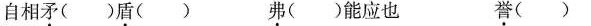
自相矛()盾() 弗()能应也 誉()